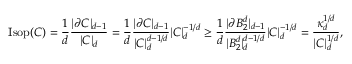
\mathrm { I s o p } ( C ) = \frac { 1 } { d } \frac { | \partial C | _ { d - 1 } } { | C | _ { d } } = \frac { 1 } { d } \frac { | \partial C | _ { d - 1 } } { | C | _ { d } ^ { d - 1 / d } } | C | _ { d } ^ { - 1 / d } \geq \frac { 1 } { d } \frac { | \partial B _ { 2 } ^ { d } | _ { d - 1 } } { | B _ { 2 } ^ { d } | _ { d } ^ { d - 1 / d } } | C | _ { d } ^ { - 1 / d } = \frac { \kappa _ { d } ^ { 1 / d } } { | C | _ { d } ^ { 1 / d } } ,